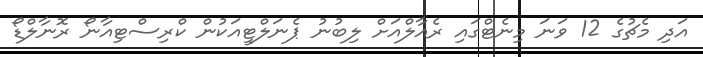
އަދި މެޗުގެ 12 ވަނަ މިނެޓްގައި ރެއާލްއަށް ލިބުނު ޕެނަލްޓީއަކުން ކްރިސްޓިއާނޯ ރޮނާލްޑޯ